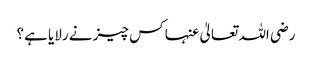
رضی اللہ تعالیٰ عنہا کس چیز نے رلایا ہے؟